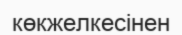
көкжелкесінен